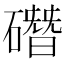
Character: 䃡